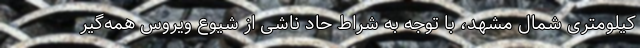
کیلومتری شمال مشهد، با توجه به شراط حاد ناشی از شیوع ویروس همه‌گیر